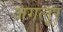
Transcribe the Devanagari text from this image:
जगलूर